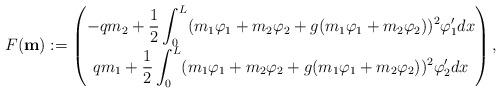
LaTeX: \begin{align*}F(\mathbf{m}):=\begin{pmatrix}\displaystyle -q m_2 +\frac{1}{2} \int_0^L(m_1\varphi_1+m_2\varphi_2 + g(m_1\varphi_1+m_2\varphi_2))^2\varphi'_1dx\\\displaystyle q m_1 +\frac{1}{2} \int_0^L(m_1\varphi_1+m_2\varphi_2 + g(m_1\varphi_1+m_2\varphi_2))^2\varphi'_2dx\end{pmatrix},\end{align*}